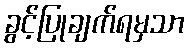
ခွင့်ပြုချက်ရမှသာ